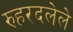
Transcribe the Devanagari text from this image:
रुहरदलेले